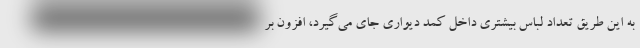
به این طریق تعداد لباس بیشتری داخل کمد دیواری جای می‌گیرد، افزون بر